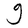
Character: g